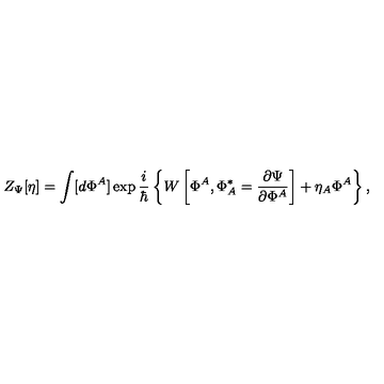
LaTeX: Z _ { \Psi } [ \eta ] = \int [ d \Phi ^ { A } ] \exp \frac { i } { \hbar } \left\{ W \left[ \Phi ^ { A } , \Phi _ { A } ^ { * } = \frac { \partial \Psi } { \partial \Phi ^ { A } } \right] + \eta _ { A } \Phi ^ { A } \right\} ,